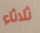
ثلاثاء